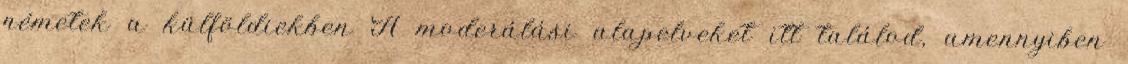
németek a külföldiekben A moderálási alapelveket itt találod, amennyiben